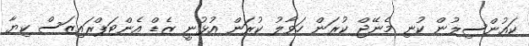
ކައުންސިލުން ކުނި މެނޭޖް ކުރަން ހަވާލު ކުރަން އުޅުނީ ޒެޑް އެންޓަޕްރައިޒަސް ކިޔާ